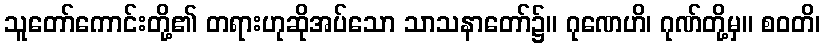
သူတော်ကောင်းတို့၏ တရားဟုဆိုအပ်သော သာသနာတော်၌။ ဂုဏေဟိ၊ ဂုဏ်တို့မှ။ စဝတိ၊